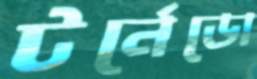
টর্নেডো